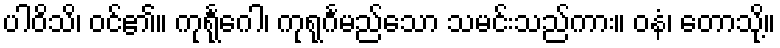
ပါဝိသိ၊ ဝင်၏။ ကုရုင်္ဂေါ၊ ကုရုင်္ဂမည်သော သမင်းသည်ကား။ ဝနံ၊ တောသို့။